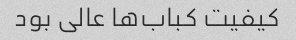
کیفیت کباب‌ها عالی بود